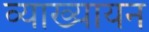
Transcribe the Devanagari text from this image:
व्याख्यायन